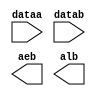
// megafunction wizard: %LPM_COMPARE%VBB%
// GENERATION: STANDARD
// VERSION: WM1.0
// MODULE: LPM_COMPARE 

// ============================================================
// Megafunction Name(s):
// 			LPM_COMPARE
//
// Simulation Library Files(s):
// 			lpm
// ============================================================
// ************************************************************
// THIS IS A WIZARD-GENERATED FILE. DO NOT EDIT THIS FILE!
//
// 13.0.1 Build 232 06/12/2013 SP 1 SJ Web Edition
// ************************************************************

//Copyright (C) 1991-2013 Altera Corporation
//Your use of Altera Corporation's design tools, logic functions 
//and other software and tools, and its AMPP partner logic 
//functions, and any output files from any of the foregoing 
//(including device programming or simulation files), and any 
//associated documentation or information are expressly subject 
//to the terms and conditions of the Altera Program License 
//Subscription Agreement, Altera MegaCore Function License 
//Agreement, or other applicable license agreement, including, 
//without limitation, that your use is for the sole purpose of 
//programming logic devices manufactured by Altera and sold by 
//Altera or its authorized distributors.  Please refer to the 
//applicable agreement for further details.

module lpm_compare0 (
	dataa,
	datab,
	aeb,
	alb);

	input	[31:0]  dataa;
	input	[31:0]  datab;
	output	  aeb;
	output	  alb;

endmodule

// ============================================================
// CNX file retrieval info
// ============================================================
// Retrieval info: PRIVATE: AeqB NUMERIC "1"
// Retrieval info: PRIVATE: AgeB NUMERIC "0"
// Retrieval info: PRIVATE: AgtB NUMERIC "0"
// Retrieval info: PRIVATE: AleB NUMERIC "0"
// Retrieval info: PRIVATE: AltB NUMERIC "1"
// Retrieval info: PRIVATE: AneB NUMERIC "0"
// Retrieval info: PRIVATE: INTENDED_DEVICE_FAMILY STRING "Cyclone II"
// Retrieval info: PRIVATE: LPM_PIPELINE NUMERIC "0"
// Retrieval info: PRIVATE: Latency NUMERIC "0"
// Retrieval info: PRIVATE: PortBValue NUMERIC "0"
// Retrieval info: PRIVATE: Radix NUMERIC "10"
// Retrieval info: PRIVATE: SYNTH_WRAPPER_GEN_POSTFIX STRING "0"
// Retrieval info: PRIVATE: SignedCompare NUMERIC "1"
// Retrieval info: PRIVATE: aclr NUMERIC "0"
// Retrieval info: PRIVATE: clken NUMERIC "0"
// Retrieval info: PRIVATE: isPortBConstant NUMERIC "0"
// Retrieval info: PRIVATE: nBit NUMERIC "32"
// Retrieval info: PRIVATE: new_diagram STRING "1"
// Retrieval info: LIBRARY: lpm lpm.lpm_components.all
// Retrieval info: CONSTANT: LPM_REPRESENTATION STRING "SIGNED"
// Retrieval info: CONSTANT: LPM_TYPE STRING "LPM_COMPARE"
// Retrieval info: CONSTANT: LPM_WIDTH NUMERIC "32"
// Retrieval info: USED_PORT: aeb 0 0 0 0 OUTPUT NODEFVAL "aeb"
// Retrieval info: USED_PORT: alb 0 0 0 0 OUTPUT NODEFVAL "alb"
// Retrieval info: USED_PORT: dataa 0 0 32 0 INPUT NODEFVAL "dataa[31..0]"
// Retrieval info: USED_PORT: datab 0 0 32 0 INPUT NODEFVAL "datab[31..0]"
// Retrieval info: CONNECT: @dataa 0 0 32 0 dataa 0 0 32 0
// Retrieval info: CONNECT: @datab 0 0 32 0 datab 0 0 32 0
// Retrieval info: CONNECT: aeb 0 0 0 0 @aeb 0 0 0 0
// Retrieval info: CONNECT: alb 0 0 0 0 @alb 0 0 0 0
// Retrieval info: GEN_FILE: TYPE_NORMAL lpm_compare0.v TRUE
// Retrieval info: GEN_FILE: TYPE_NORMAL lpm_compare0.inc FALSE
// Retrieval info: GEN_FILE: TYPE_NORMAL lpm_compare0.cmp FALSE
// Retrieval info: GEN_FILE: TYPE_NORMAL lpm_compare0.bsf TRUE
// Retrieval info: GEN_FILE: TYPE_NORMAL lpm_compare0_inst.v FALSE
// Retrieval info: GEN_FILE: TYPE_NORMAL lpm_compare0_bb.v TRUE
// Retrieval info: LIB_FILE: lpm